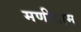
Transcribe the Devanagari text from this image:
मणीग्राम